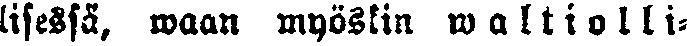
lisessä, waan myöskin waltiolli-